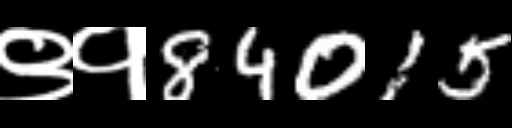
Text: ९१84015